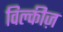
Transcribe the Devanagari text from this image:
विल्कीज़